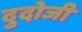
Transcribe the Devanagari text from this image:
दुदोजी